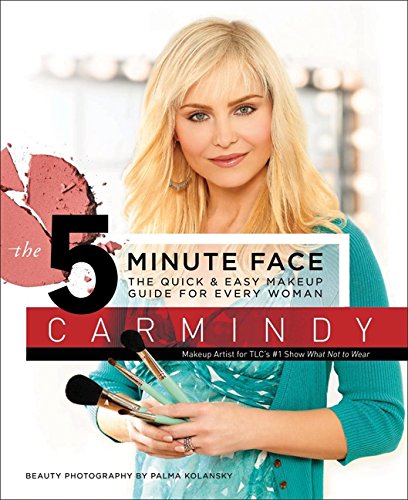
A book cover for The 5-Minute Face: The Quick & Easy Makeup Guide for Every Woman; Carmindy; Health, Fitness & Dieting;